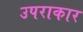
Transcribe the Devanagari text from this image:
उपराकार